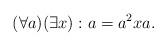
LaTeX: \begin{align*}(\forall a)(\exists x):a=a^{2}xa.\end{align*}